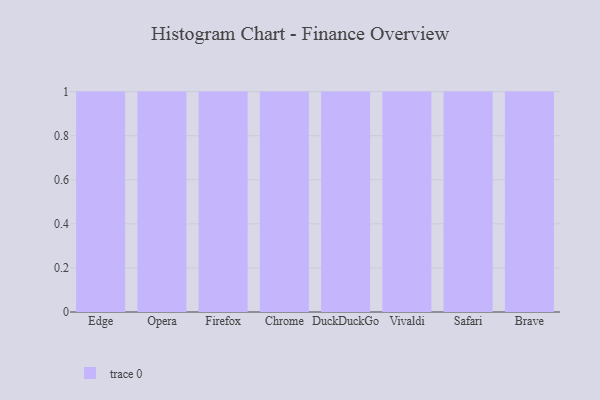
{"axis": {"x": "Browser", "y": "Gross Profit (USD K)"}, "legend": [""], "data": [{"x": "Edge", "y": 51, "type": ""}, {"x": "Opera", "y": 47, "type": ""}, {"x": "Firefox", "y": 100, "type": ""}, {"x": "Chrome", "y": 57, "type": ""}, {"x": "DuckDuckGo", "y": 9, "type": ""}, {"x": "Vivaldi", "y": 32, "type": ""}, {"x": "Safari", "y": 84, "type": ""}, {"x": "Brave", "y": 9, "type": ""}]}